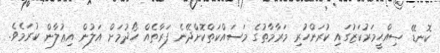
ކޮނޑޭ ޞިއްޙީމަރުކަޒުގައި ކުރަންހުރި މަރާމާތުގެ މަސައްކަތްކޮށްދޭނެ ފަރާތެއް ހޯދުމަށް އަލުން އިޢުލާން ކުރަމެވެ.